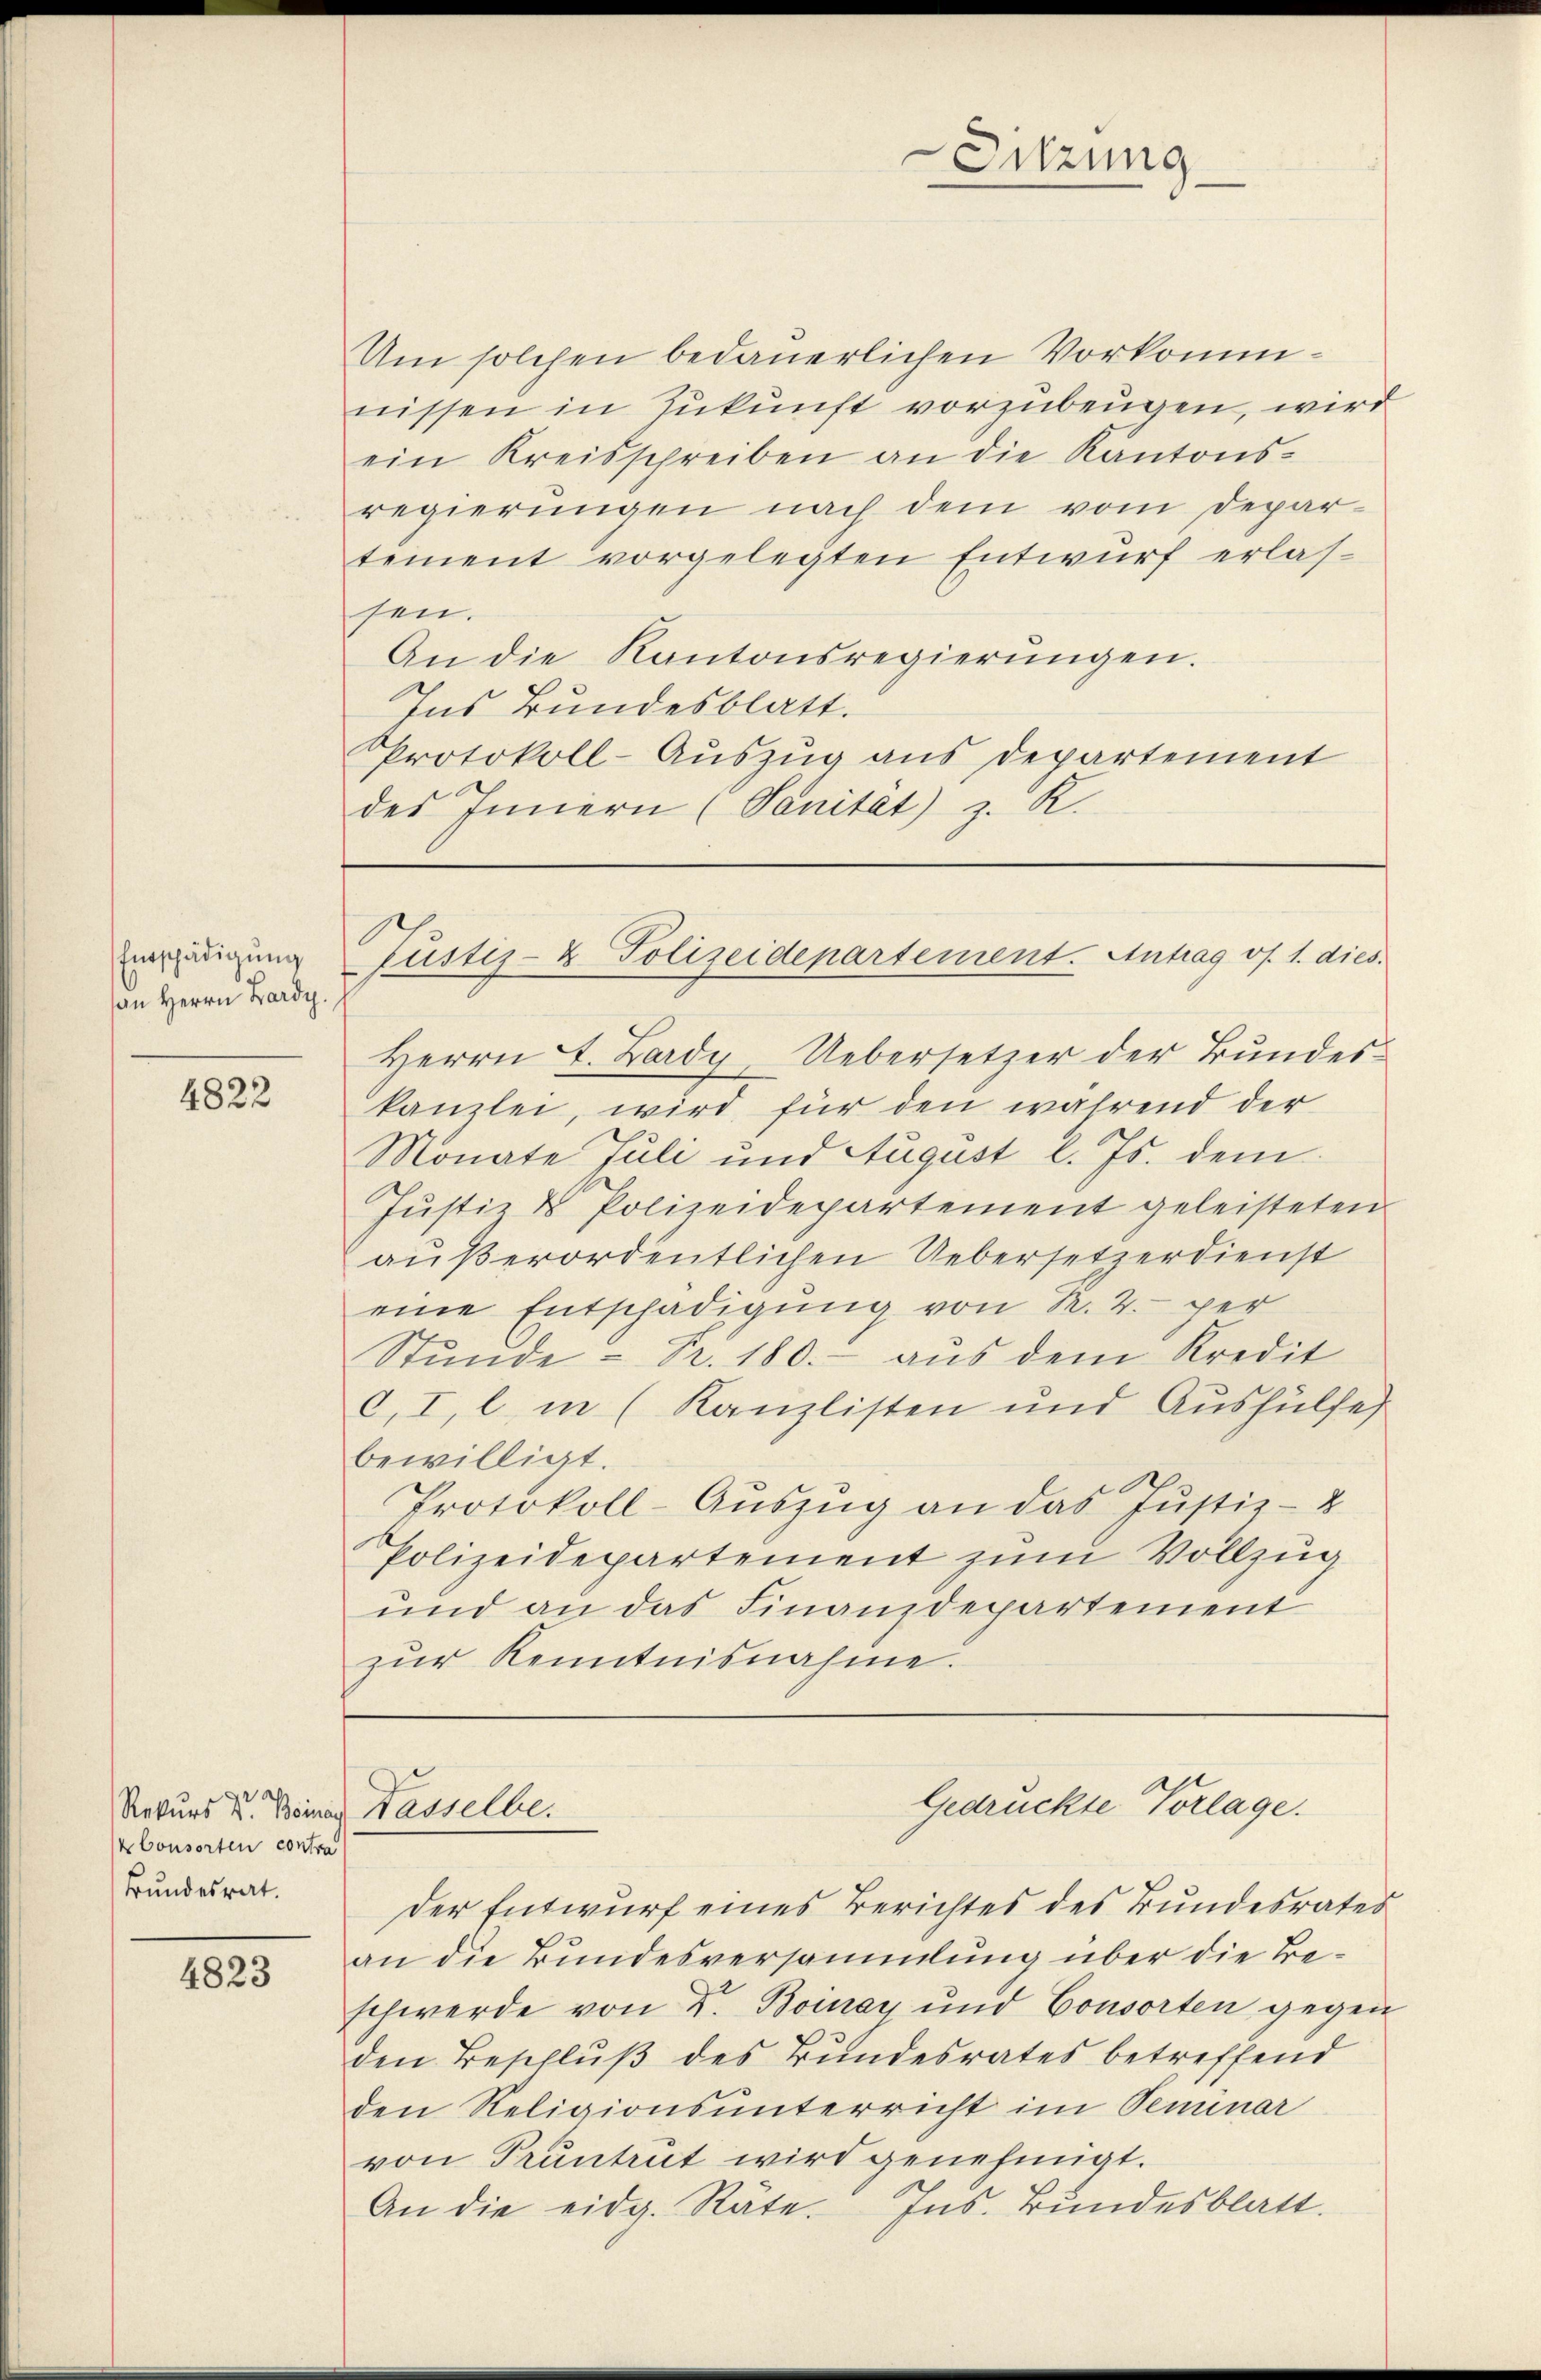
Entschädigung
an Herrn Lardy.

4822

kbonsorten contra
Bundesrat.

4823

Um solchen bedauerlichen Vorkommnissen in Zukunft vorzubeugen, wird
ein Kreisschreiben an die Kantons-
regierungen nach dem vom Departement vorgelegten Entwurf erlassen.
An die Kantonsregierŭngen.
Ins Bundesblatt.
Protokoll-Aŭszŭg ans Departement
des Innern (Sanität) z. K.

Herrn J. Lardy, Uebersetzer der Bundeskanzlei, wird für den während der
Monate Juli und August l. Js. dem
Justiz & Polizeidepartement geleisteten
außerordentlichen Uebersetzerdienst
eine Entschädigung von R. 2. per
Stunde - Fr. 180.- aus dem Kredit
c.I, l. in (Kanzlisten und Aushülfe
bewilligt.
Protokoll-Auszug an das Justiz- &
Polizeidepartement zum Vollzug
und an das Finanzdepartement
zŭr Kenntnisnahme.

der Entwurf eines Berichtes des Bundesrates
an die Bundesversammlung über die Beschwerde von Dr. Boinay und Consorten gegen
den Beschluß des Bundesrates betreffend
den Religionsunterricht im Seminar
von Pruntrut wird genehmigt.
An die eidg. Räte. Ins. Bŭndesblatt.

Sitzung

Tustiz- & Polizeidepartement. Antrag vos. 1. dies.

Gedrückte Vorlage.
Rekurs d. Beina Kasselber